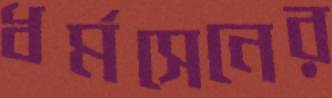
ধর্মসেনের